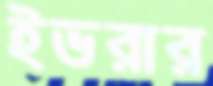
ইভরার